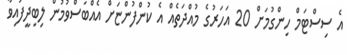
އެ ސިސްޓަމް ހިންގުމަށް 20 އަހަރުގެ މުއްދަތެއް އެ ކުންފުންޏަށް އެއްބަސްވުމުން ލިބިދީފައިވާ